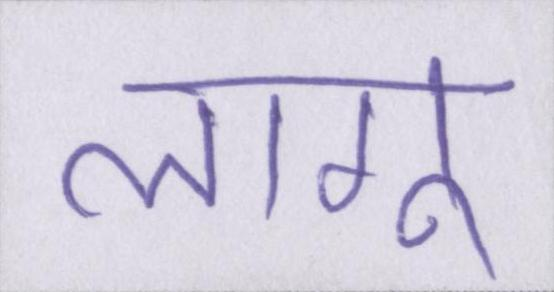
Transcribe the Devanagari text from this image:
लागू